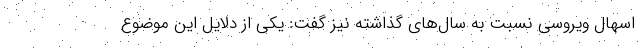
اسهال ویروسی نسبت به سال‌های گذاشته نیز گفت: یکی از دلایل این موضوع